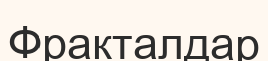
Фракталдар